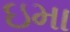
ઇમા